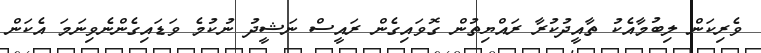
ވެރިކަން ލިބުމާއެކު ތާއީދުކުރާ ރައްޔިތުން ގޮވައިގެން ރައީސް ނަޝީދު ނުކުމެ ވަޑައިގެންނެވިނަމަ އެކަން